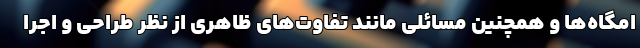
امگاه‌ها و همچنین مسائلی مانند تفاوت‌های ظاهری از نظر طراحی و اجرا